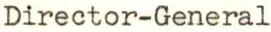
Director-General